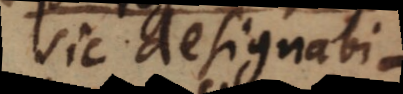
sic designabi–